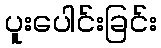
ပူးပေါင်းခြင်း